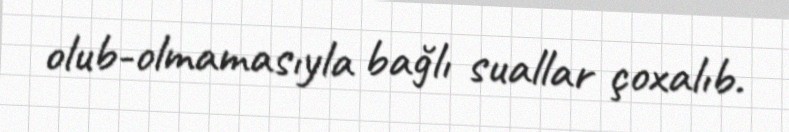
olub-olmamasıyla bağlı suallar çoxalıb.